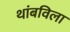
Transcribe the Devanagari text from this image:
थांबविला